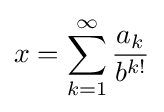
x=\sum _{k=1}^{\infty }{\frac {a_{k}}{b^{k!}}}